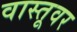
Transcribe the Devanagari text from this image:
वास्तूवर